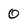
Character: 0